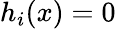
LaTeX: h_{i}(x)=0